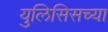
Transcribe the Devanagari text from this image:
युलिसिसच्या